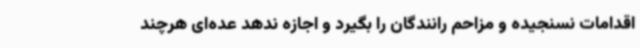
اقدامات نسنجیده و مزاحم رانندگان را بگیرد و اجازه ندهد عده‌ای هرچند